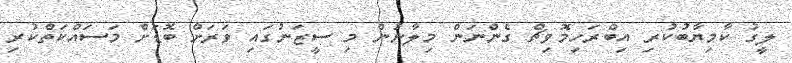
ލީގު ކާމިޔާބުކުރި އިބްރަހިމޮވިޗް ގެންނަން މިލާނުން މި ސީޒަނުގައި ވަރަށް ބޮޑަށް މަސައްކަތްކުރި